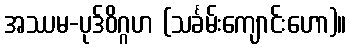
အဿမ-ပုဒ်ဝိဂ္ဂဟ (သင်္ခမ်းကျောင်းဟော)။